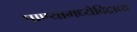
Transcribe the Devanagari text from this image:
पाण्यामध्येविद्राव्य